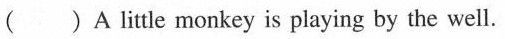
( )A little monkey is playing by the well.